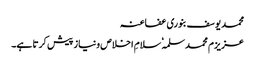
محمد یوسف بنوری عفاعنہ
عزیزم محمد سلمہٗ سلامِ اخلاص ونیاز پیش کرتا ہے۔